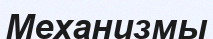
Механизмы